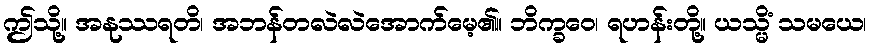
ဤသို့။ အနုဿရတိ၊ အဘန်တလဲလဲအောက်မေ့၏။ ဘိက္ခဝေ၊ ရဟန်းတို့။ ယသ္မိံ သမယေ၊